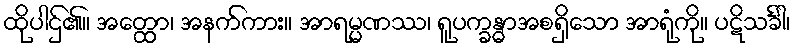
ထိုပါဌ်၏။ အတ္ထော၊ အနက်ကား။ အာရမ္မဏဿ၊ ရူပက္ခန္ဓာအစရှိသော အာရုံကို။ ပဋိသင်္ခါ၊